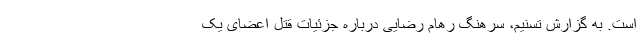
است. به گزارش تسنیم، سرهنگ رهام رضایی درباره جزئیات قتل اعضای یک